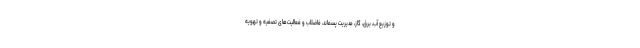
و توزیع آب، برق، گاز، مدیریت پسماند، فاضلاب و فعالیت‌های تصفیه و تهویه